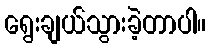
ရွေးချယ်သွားခဲ့တာပါ။